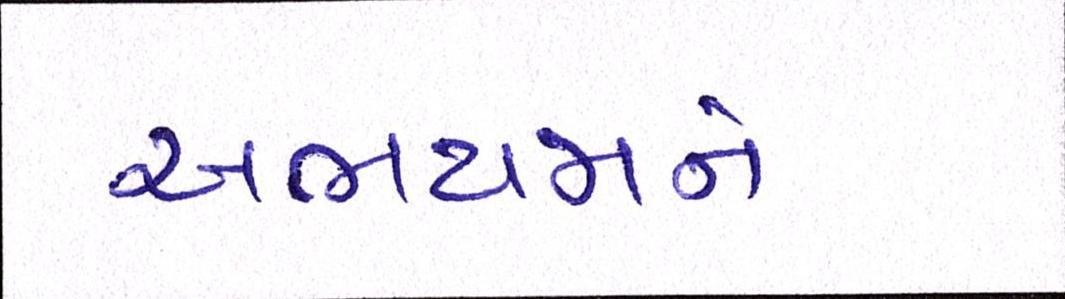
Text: અભયમને